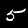
Label: 5